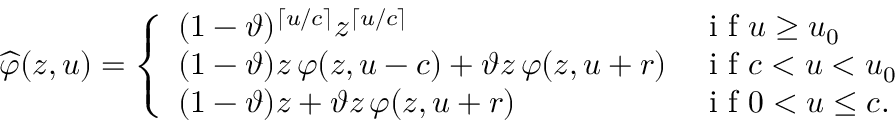
\widehat { \varphi } ( z , u ) = \left\{ \begin{array} { l l } { ( 1 - \vartheta ) ^ { \lceil u / c \rceil } z ^ { \lceil u / c \rceil } } & { \mathrm { ~ i ~ f ~ } u \geq u _ { 0 } } \\ { ( 1 - \vartheta ) z \, \varphi ( z , u - c ) + \vartheta z \, \varphi ( z , u + r ) } & { \mathrm { ~ i ~ f ~ } c < u < u _ { 0 } } \\ { ( 1 - \vartheta ) z + \vartheta z \, \varphi ( z , u + r ) } & { \mathrm { ~ i ~ f ~ } 0 < u \leq c . } \end{array} \right.